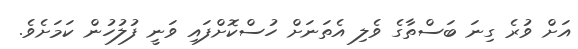
އަށް ވުރެ ގިނަ ބަސްތާގެ ވެލި އެތަނަށް ހުސްކޮށްފައި ވަނީ ފުލުހުން ކަމަށެވެ.